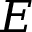
E